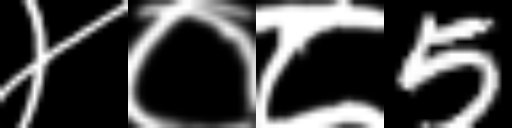
Text: ४०८5